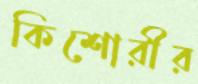
কিশোরীর